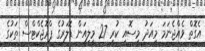
އެގޮތް ވެއްޖެނަމަ މިއަދު މިސޮއި ކުރި 27 މިލިއަން ޑޮލަރުގެ ޕްރޮޖެކްޓްސް ތަކުގެ